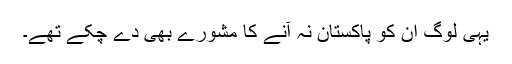
یہی لوگ ان کو پاکستان نہ آنے کا مشورے بھی دے چکے تھے۔